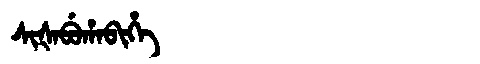
Manchu: ᠰᡳᡧᠠᠪᡠᡥᠠᠪᡳᡥᡝ
Romanization: SIŠABUHABIHE